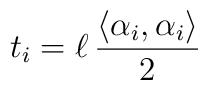
t_{i}=\ell \,\frac{\left\langle \alpha _{i},\alpha _{i}\right\rangle }{2}